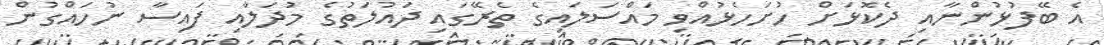
އެ ބޭފުޅުންނާއި ދެކޮޅަށް ހުށަހެޅުއްވި މައްސަލައިގެ ތެރޭގައި ދައުލަތުގެ މުދަލާއި ފައިސާ ނުހައްގުން